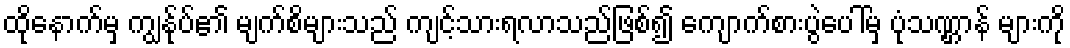
ထိုနောက်မှ ကျွန်ုပ်၏ မျက်စိများသည် ကျင့်သားရလာသည်ဖြစ်၍ ကျောက်စားပွဲပေါ်မှ ပုံသဏ္ဌာန် များကို